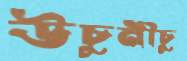
উঁচুনীচু